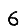
Digit: 6